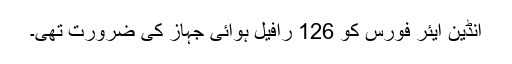
انڈین ایئر فورس کو 126 رافیل ہوائی جہاز کی ضرورت تھی۔